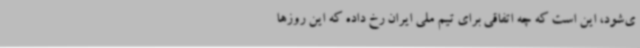
ی‌شود، این است که چه اتفاقی برای تیم ملی ایران رخ داده که این روزها